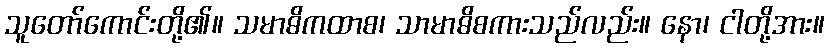
သူတော်ကောင်းတို့၏။ သမာဓိကထာစ၊ သာမာဓိစကားသည်လည်း။ နော၊ ငါတို့အား။